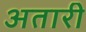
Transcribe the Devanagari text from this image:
अतारी